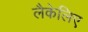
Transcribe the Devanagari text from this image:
लैकेलिए